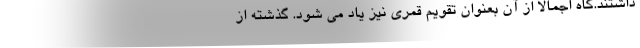
داشتند.گاه اجمالاً از آن بعنوان تقویم قمری نیز یاد می شود. گذشته از